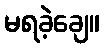
မရခဲ့ချေ။